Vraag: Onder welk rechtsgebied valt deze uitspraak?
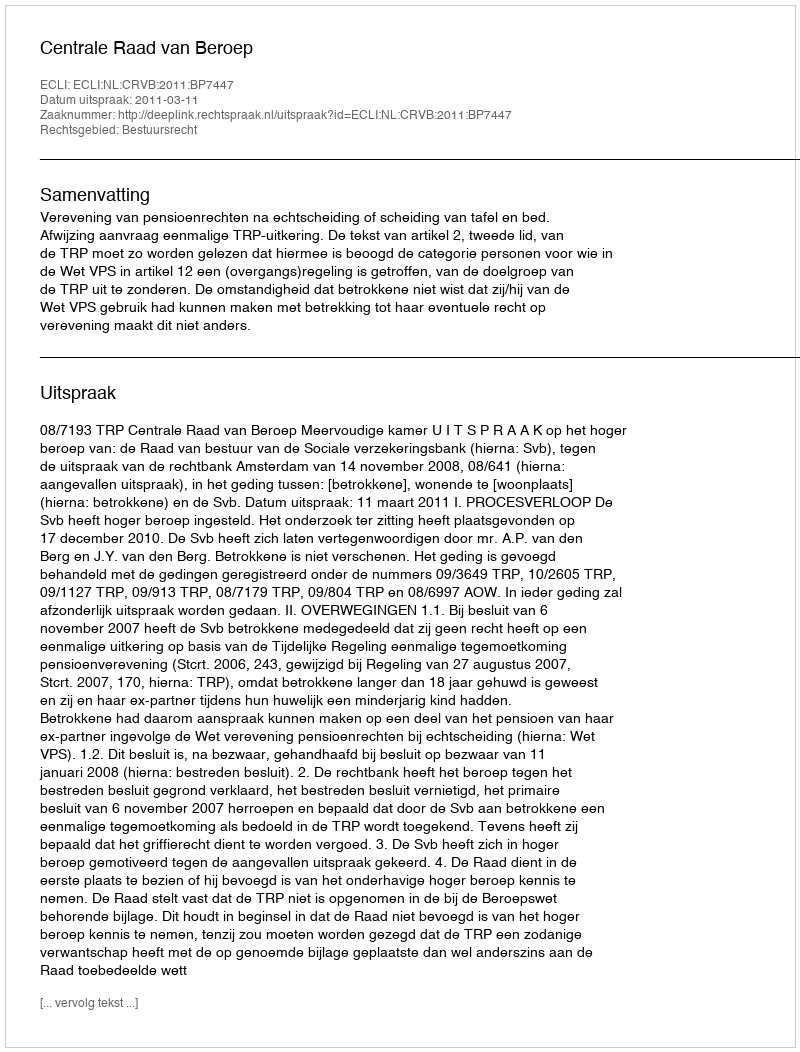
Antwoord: Bestuursrecht